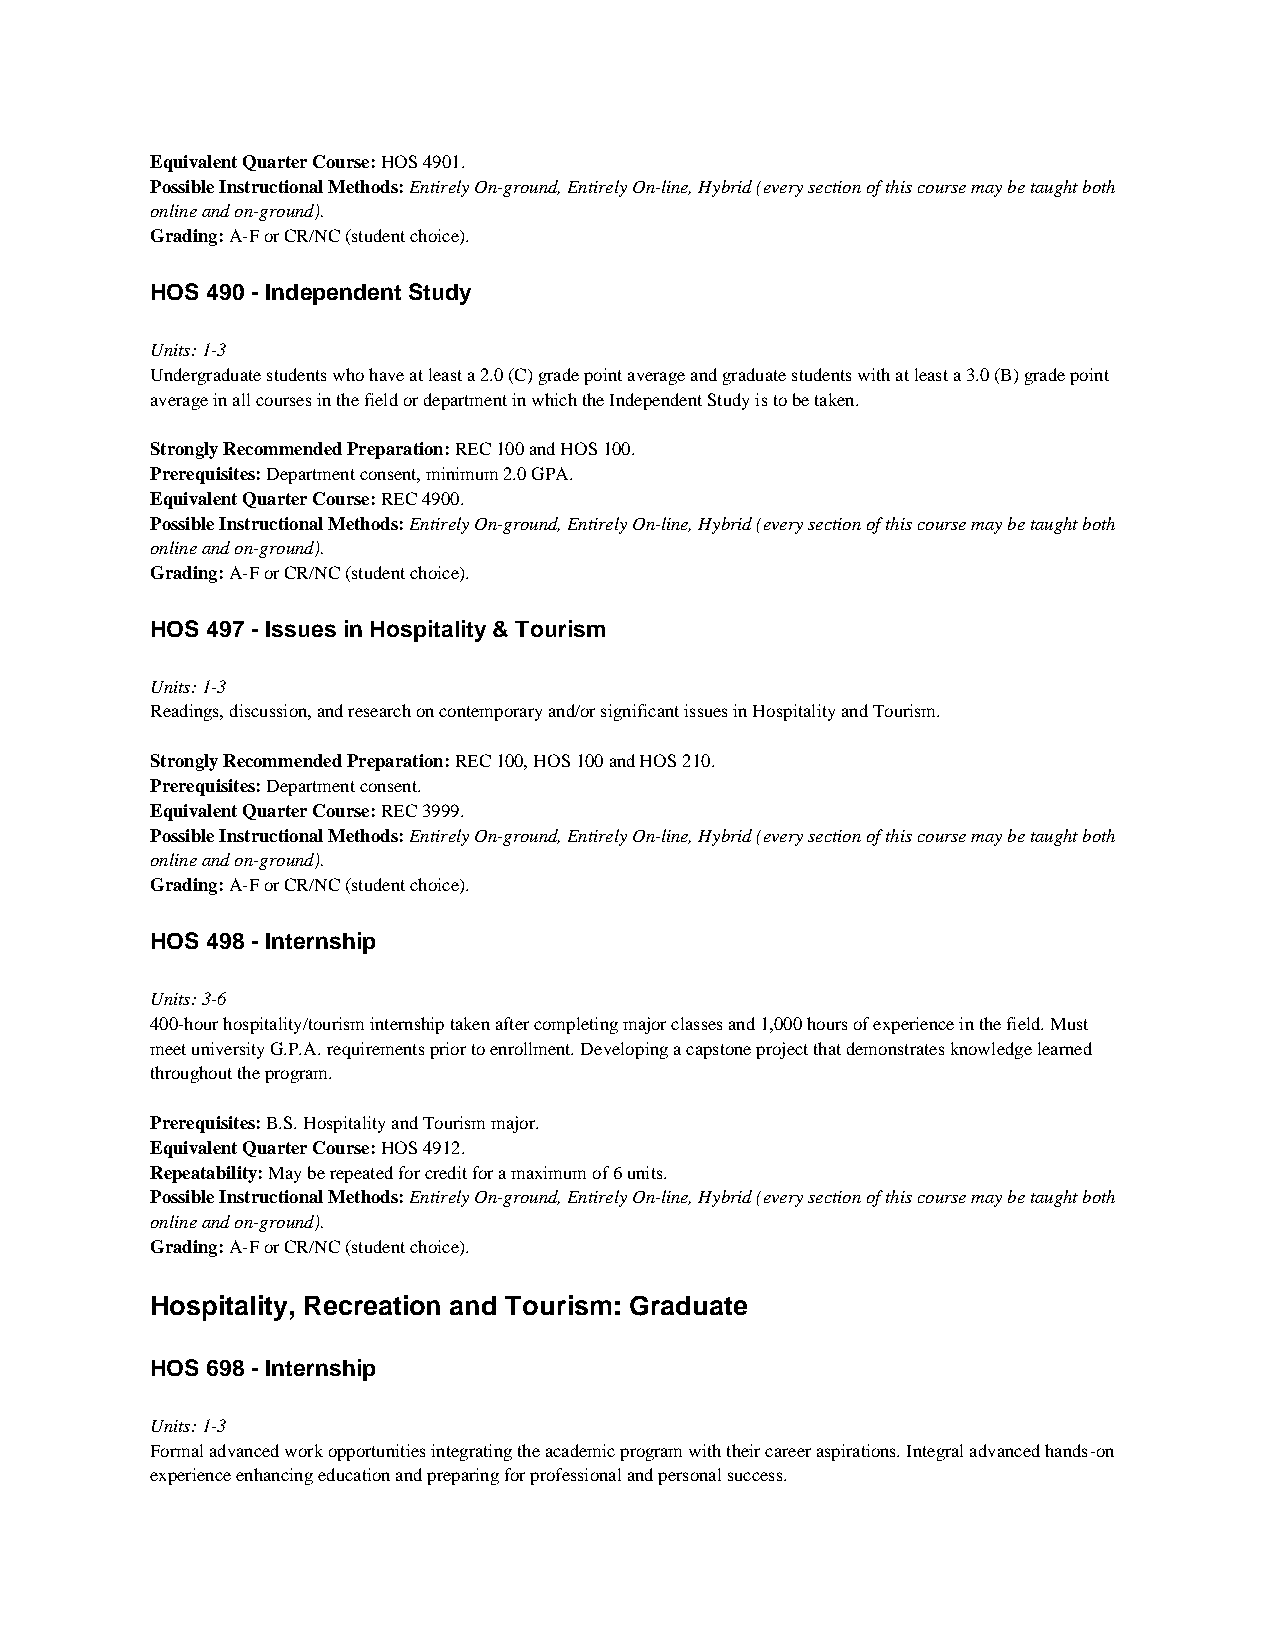
Equivalent Quarter Course: HOS 4901.
 Possible Instructional Methods: Entirely On-ground, Entirely On-line, Hybrid (every section of this course may be taught both
 online and on-ground).
 Grading: A-F or CR/NC (student choice).
 HOS 490 - Independent Study
 Units: 1-3
 Undergraduate students who have at least a 2.0 (C) grade point average and graduate students with at least a 3.0 (B) grade point
 average in all courses in the field or department in which the Independent Study is to be taken.
 Strongly Recommended Preparation: REC 100 and HOS 100.
 Prerequisites: Department consent, minimum 2.0 GPA.
 Equivalent Quarter Course: REC 4900.
 Possible Instructional Methods: Entirely On-ground, Entirely On-line, Hybrid (every section of this course may be taught both
 online and on-ground).
 Grading: A-F or CR/NC (student choice).
 HOS 497 - Issues in Hospitality & Tourism
 Units: 1-3
 Readings, discussion, and research on contemporary and/or significant issues in Hospitality and Tourism.
 Strongly Recommended Preparation: REC 100, HOS 100 and HOS 210.
 Prerequisites: Department consent.
 Equivalent Quarter Course: REC 3999.
 Possible Instructional Methods: Entirely On-ground, Entirely On-line, Hybrid (every section of this course may be taught both
 online and on-ground).
 Grading: A-F or CR/NC (student choice).
 HOS 498 - Internship
 Units: 3-6
 400-hour hospitality/tourism internship taken after completing major classes and 1,000 hours of experience in the field. Must
 meet university G.P.A. requirements prior to enrollment. Developing a capstone project that demonstrates knowledge learned
 throughout the program.
 Prerequisites: B.S. Hospitality and Tourism major.
 Equivalent Quarter Course: HOS 4912.
 Repeatability: May be repeated for credit for a maximum of 6 units.
 Possible Instructional Methods: Entirely On-ground, Entirely On-line, Hybrid (every section of this course may be taught both
 online and on-ground).
 Grading: A-F or CR/NC (student choice).
 Hospitality, Recreation and Tourism: Graduate
 HOS 698 - Internship
 Units: 1-3
 Formal advanced work opportunities integrating the academic program with their career aspirations. Integral advanced hands-on
 experience enhancing education and preparing for professional and personal success.